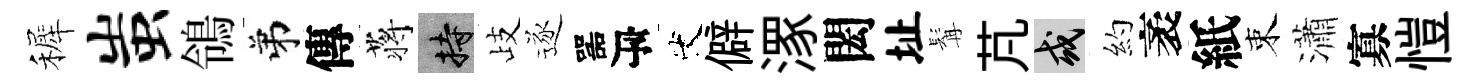
裤蚩鴒弟傳蒋持歧逐噐瓴代僻潈閎址髯芃或約袤紙束瀟寡愷